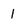
Character: 1